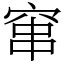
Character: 窜